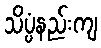
သိပ္ပံနည်းကျ